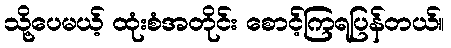
သို့ပေမယ့် ထုံးစံအတိုင်း စောင့်ကြရပြန်တယ်။